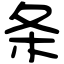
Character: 条